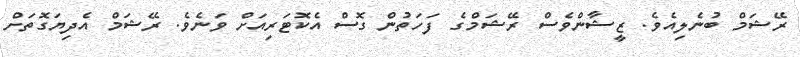
ރޭޝަމް ބުނެލިއެވެ. ޒީޝާންވެސް ރޭޝަމްގެ ފަހަތުން ގޮސް އެކޮޓަރިއަށް ވަނެވެ. ރޭޝަމް އެދިޔަގޮތަށް